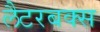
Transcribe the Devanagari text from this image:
लैटरबक्स